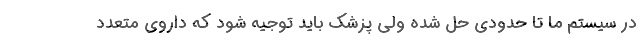
در سیستم ما تا حدودی حل شده ولی پزشک باید توجیه شود که داروی متعدد